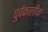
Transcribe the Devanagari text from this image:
पुर्वकालीन